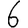
Digit: 6